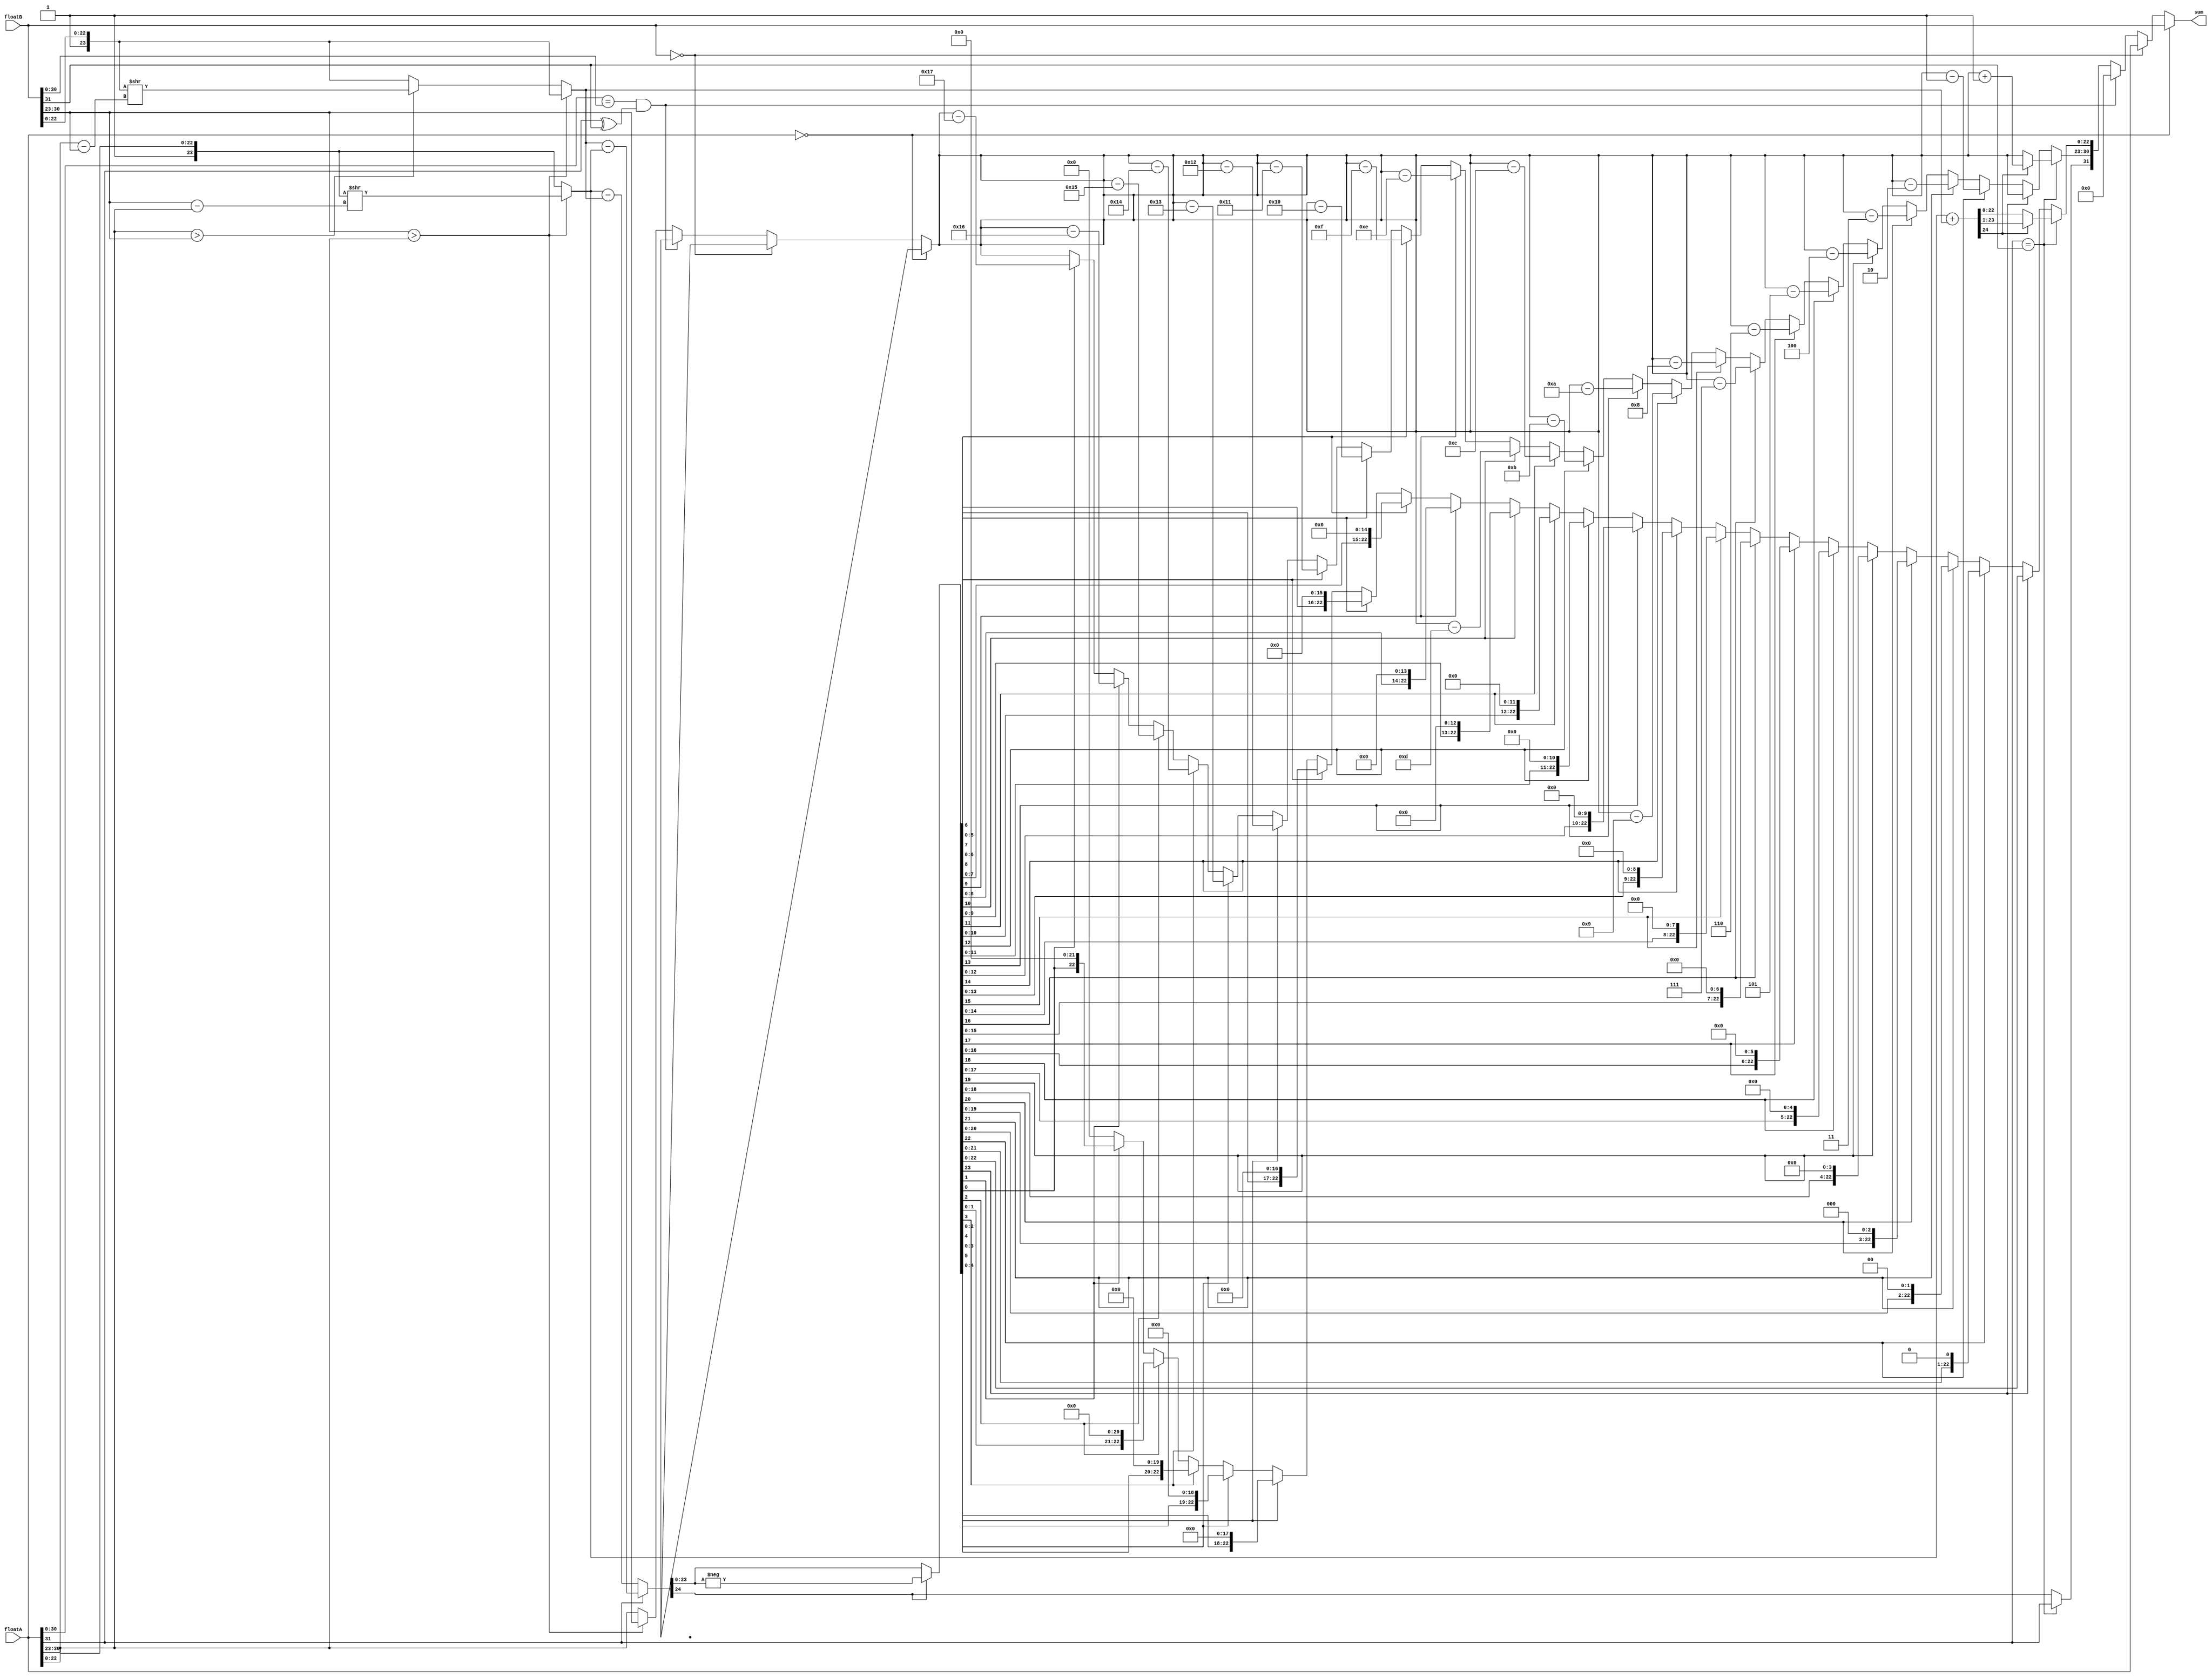
module floatAdd (floatA,floatB,sum);
	
input [31:0] floatA, floatB;
output reg [31:0] sum;

reg sign;
reg [7:0] exponent;
reg [22:0] mantissa;
reg [7:0] exponentA, exponentB;
reg [23:0] fractionA, fractionB, fraction;	//fraction = {1,mantissa}
reg [7:0] shiftAmount;
reg cout;

always @ (floatA or floatB) begin
	exponentA = floatA[30:23];
	exponentB = floatB[30:23];
	fractionA = {1'b1,floatA[22:0]};
	fractionB = {1'b1,floatB[22:0]}; 
	
	exponent = exponentA;

	if (floatA == 0) begin						//special case (floatA = 0)
		sum = floatB;
	end else if (floatB == 0) begin					//special case (floatB = 0)
		sum = floatA;
	end else if (floatA[30:0] == floatB[30:0] && floatA[31]^floatB[31]==1'b1) begin
		sum=0;
	end else begin
		if (exponentB > exponentA) begin
			shiftAmount = exponentB - exponentA;
			fractionA = fractionA >> (shiftAmount);
			exponent = exponentB;
		end else if (exponentA > exponentB) begin 
			shiftAmount = exponentA - exponentB;
			fractionB = fractionB >> (shiftAmount);
			exponent = exponentA;
		end
		if (floatA[31] == floatB[31]) begin			//same sign
			{cout,fraction} = fractionA + fractionB;
			if (cout == 1'b1) begin
				{cout,fraction} = {cout,fraction} >> 1;
				exponent = exponent + 1;
			end
			sign = floatA[31];
		end else begin						//different signs
			if (floatA[31] == 1'b1) begin
				{cout,fraction} = fractionB - fractionA;
			end else begin
				{cout,fraction} = fractionA - fractionB;
			end
			sign = cout;
			if (cout == 1'b1) begin
				fraction = -fraction;
			end else begin
			end
			if (fraction [23] == 0) begin
				if (fraction[22] == 1'b1) begin
					fraction = fraction << 1;
					exponent = exponent - 1;
				end else if (fraction[21] == 1'b1) begin
					fraction = fraction << 2;
					exponent = exponent - 2;
				end else if (fraction[20] == 1'b1) begin
					fraction = fraction << 3;
					exponent = exponent - 3;
				end else if (fraction[19] == 1'b1) begin
					fraction = fraction << 4;
					exponent = exponent - 4;
				end else if (fraction[18] == 1'b1) begin
					fraction = fraction << 5;
					exponent = exponent - 5;
				end else if (fraction[17] == 1'b1) begin
					fraction = fraction << 6;
					exponent = exponent - 6;
				end else if (fraction[16] == 1'b1) begin
					fraction = fraction << 7;
					exponent = exponent - 7;
				end else if (fraction[15] == 1'b1) begin
					fraction = fraction << 8;
					exponent = exponent - 8;
				end else if (fraction[14] == 1'b1) begin
					fraction = fraction << 9;
					exponent = exponent - 9;
				end else if (fraction[13] == 1'b1) begin
					fraction = fraction << 10;
					exponent = exponent - 10;
				end else if (fraction[12] == 1'b1) begin
					fraction = fraction << 11;
					exponent = exponent - 11;
				end else if (fraction[11] == 1'b1) begin
					fraction = fraction << 12;
					exponent = exponent - 12;
				end else if (fraction[10] == 1'b1) begin
					fraction = fraction << 13;
					exponent = exponent - 13;
				end else if (fraction[9] == 1'b1) begin
					fraction = fraction << 14;
					exponent = exponent - 14;
				end else if (fraction[8] == 1'b1) begin
					fraction = fraction << 15;
					exponent = exponent - 15;
				end else if (fraction[7] == 1'b1) begin
					fraction = fraction << 16;
					exponent = exponent - 16;
				end else if (fraction[6] == 1'b1) begin
					fraction = fraction << 17;
					exponent = exponent - 17;
				end else if (fraction[5] == 1'b1) begin
					fraction = fraction << 18;
					exponent = exponent - 18;
				end else if (fraction[4] == 1'b1) begin
					fraction = fraction << 19;
					exponent = exponent - 19;
				end else if (fraction[3] == 1'b1) begin
					fraction = fraction << 20;
					exponent = exponent - 20;
				end else if (fraction[2] == 1'b1) begin
					fraction = fraction << 21;
					exponent = exponent - 21;
				end else if (fraction[1] == 1'b1) begin
					fraction = fraction << 22;
					exponent = exponent - 22;
				end else if (fraction[0] == 1'b1) begin
					fraction = fraction << 23;
					exponent = exponent - 23;
				end
			end
		end
		mantissa = fraction[22:0];
		sum = {sign,exponent,mantissa};			
	end		
end

endmodule